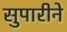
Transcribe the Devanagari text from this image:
सुपारीने